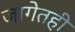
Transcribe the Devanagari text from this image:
जागेतही